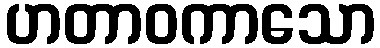
ဟတာဝကာသော